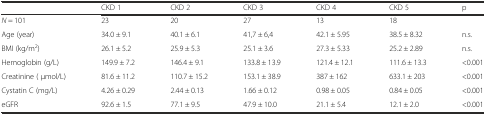
<table><thead><tr><td></td><td><b>CKD 1</b></td><td><b>CKD 2</b></td><td><b>CKD 3</b></td><td><b>CKD 4</b></td><td><b>CKD 5</b></td><td><b>p</b></td></tr></thead><tbody><tr><td><i>N</i> = 101</td><td>23</td><td>20</td><td>27</td><td>13</td><td>18</td><td></td></tr><tr><td>Age (year)</td><td>34.0 ± 9.1</td><td>40.1 ± 6.1</td><td>41,7 ± 6,4</td><td>42.1 ± 5.95</td><td>38.5 ± 8.32</td><td>n.s.</td></tr><tr><td>BMI (kg/m<sup>2</sup>)</td><td>26.1 ± 5.2</td><td>25.9 ± 5.3</td><td>25.1 ± 3.6</td><td>27.3 ± 5.33</td><td>25.2 ± 2.89</td><td>n.s.</td></tr><tr><td>Hemoglobin (g/L)</td><td>149.9 ± 7.2</td><td>146.4 ± 9.1</td><td>133.8 ± 13.9</td><td>121.4 ± 12.1</td><td>111.6 ± 13.3</td><td>&lt;0.001</td></tr><tr><td>Creatinine ( μmol/L)</td><td>81.6 ± 11.2</td><td>110.7 ± 15.2</td><td>153.1 ± 38.9</td><td>387 ± 162</td><td>633.1 ± 203</td><td>&lt;0.001</td></tr><tr><td>Cystatin C (mg/L)</td><td>4.26 ± 0.29</td><td>2.44 ± 0.13</td><td>1.66 ± 0.12</td><td>0.98 ± 0.05</td><td>0.84 ± 0.05</td><td>&lt;0.001</td></tr><tr><td>eGFR</td><td>92.6 ± 1.5</td><td>77.1 ± 9.5</td><td>47.9 ± 10.0</td><td>21.1 ± 5.4</td><td>12.1 ± 2.0</td><td>&lt;0.001</td></tr></tbody></table>